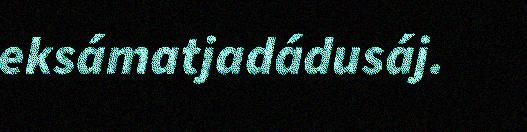
eksámatjadádusáj.